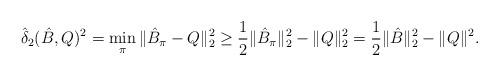
LaTeX: \begin{align*}\hat{\delta}_2(\hat{B},Q)^2&=\min_{\pi}\|\hat{B}_{\pi}-Q\|_2^2 \geq \frac{1}{2} \|\hat{B}_{\pi}\|_2^2-\|Q\|_2^2 = \frac{1}{2}\|\hat{B}\|_2^2-\|Q\|^2.\end{align*}